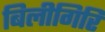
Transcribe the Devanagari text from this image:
बिलीगिरि